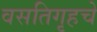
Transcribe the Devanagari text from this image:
वसतिगृहचे